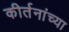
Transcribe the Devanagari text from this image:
कीर्तनांच्या